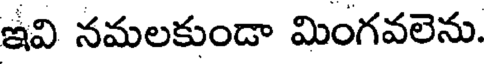
ఇవి నమలకుండా మింగవలెను.